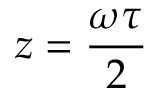
z = { \frac { \omega \tau } { 2 } }